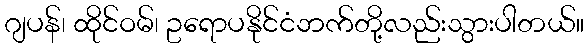
ဂျပန်၊ ထိုင်ဝမ်၊ ဥရောပနိုင်ငံဘက်တို့လည်းသွားပါတယ်။